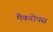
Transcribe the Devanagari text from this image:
मैकरोपस